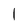
Character: l